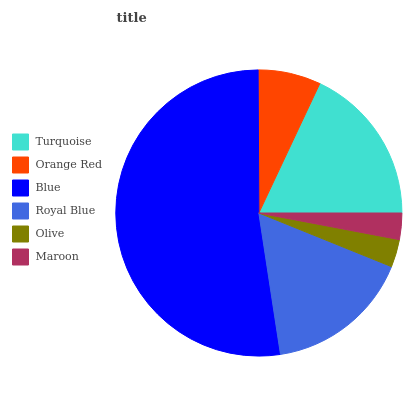
| Turquoise | Orange Red | Blue | Royal Blue | Olive | Maroon |
 | --- | --- | --- | --- | --- | --- |
 | 18% | 7.08% | 52.3% | 16.5% | 3.13% | 2.97% |